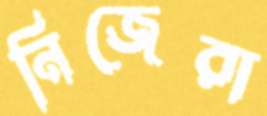
নিজেরা